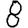
Digit: 8